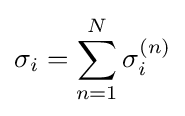
\sigma _{i}=\sum _{n=1}^{N}\sigma _{i}^{(n)}